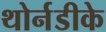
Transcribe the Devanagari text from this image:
थोर्नडीके